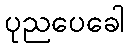
ပုညပေခေါ